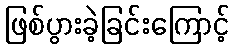
ဖြစ်ပွားခဲ့ခြင်းကြောင့်